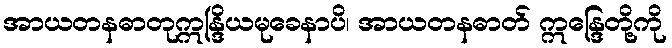
အာယတနဓာတုဣန္ဒြိယမုခေနာပိ၊ အာယတနဓာတ် ဣန္ဒြေတို့ကို